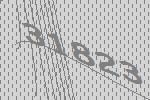
31823